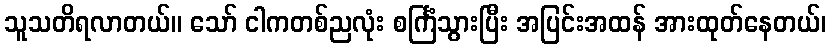
သူသတိရလာတယ်။ သော် ငါကတစ်ညလုံး စင်္ကြံသွားပြီး အပြင်းအထန် အားထုတ်နေတယ်၊